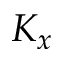
K _ { x }